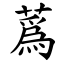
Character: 蔿